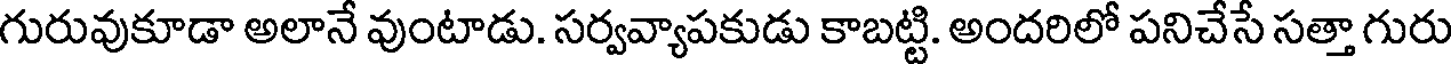
గురువుకూడా అలానే వుంటాడు. సర్వవ్యాపకుడు కాబట్టి. అందరిలో పనిచేసే సత్తా గురు